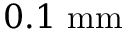
0 . 1 ~ \mathrm { m m }